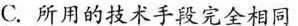
C. 所用的技术手段完全相同